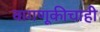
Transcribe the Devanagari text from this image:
वागणूकीचाही